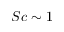
S c \sim 1